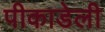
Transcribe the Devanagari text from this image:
पीकाडेली